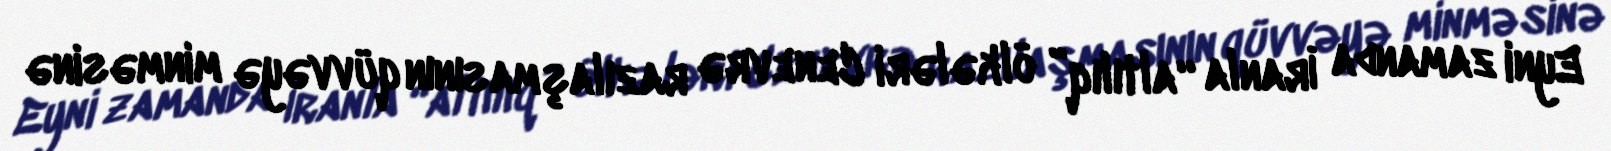
Eyni zamanda İranla “altılıq” ölkələri Cenevrə razılaşmasının qüvvəyə minməsinə